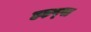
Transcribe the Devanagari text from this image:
हड़प्‍पा